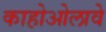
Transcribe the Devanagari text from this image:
काहोओलावे